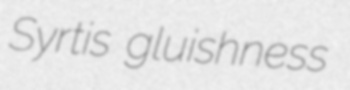
Syrtis gluishness